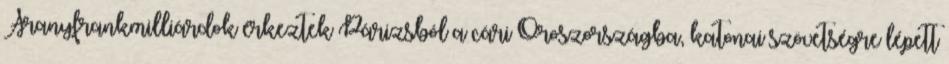
Aranyfrankmilliárdok érkeztek Párizsból a cári Oroszországba, katonai szövetségre lépett